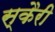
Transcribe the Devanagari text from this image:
स्कैरी